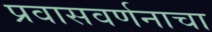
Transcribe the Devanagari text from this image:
प्रवासवर्णनाचा